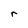
Character: r